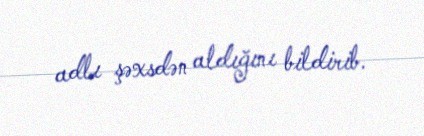
adlı şəxsdən aldığını bildirib.